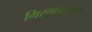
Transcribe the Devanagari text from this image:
गिरगावपासून